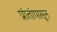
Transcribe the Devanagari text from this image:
प्रांतांपासून